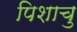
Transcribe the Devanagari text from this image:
पिशाचु